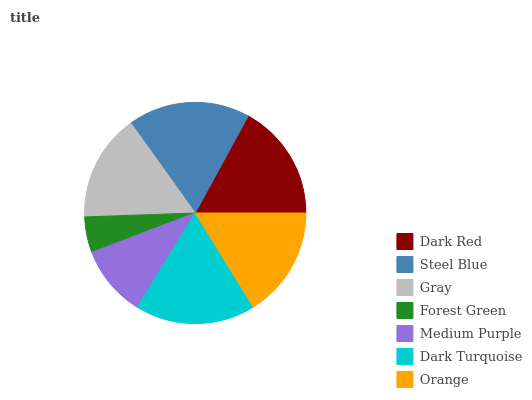
| Dark Red | Steel Blue | Gray | Forest Green | Medium Purple | Dark Turquoise | Orange |
 | --- | --- | --- | --- | --- | --- | --- |
 | 17% | 17.8% | 15.7% | 5.22% | 10.4% | 17.5% | 16.2% |